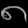
Digit: ၈